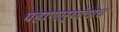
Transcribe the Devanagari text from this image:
पहाणाऱ्यांचाच